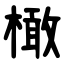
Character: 橄